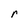
Character: r